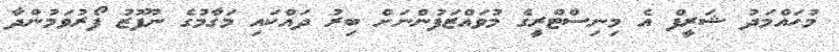
މުހައްމަދު ޝަރީފް އެ މިނިސްޓްރީގެ މުވައްޒަފުންނަށް ބިރު ދައްކައި މަގާމުގެ ނުފޫޒު ފޯރުވަމުންދާ